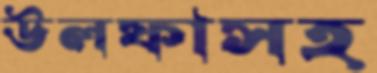
উলফাসহ